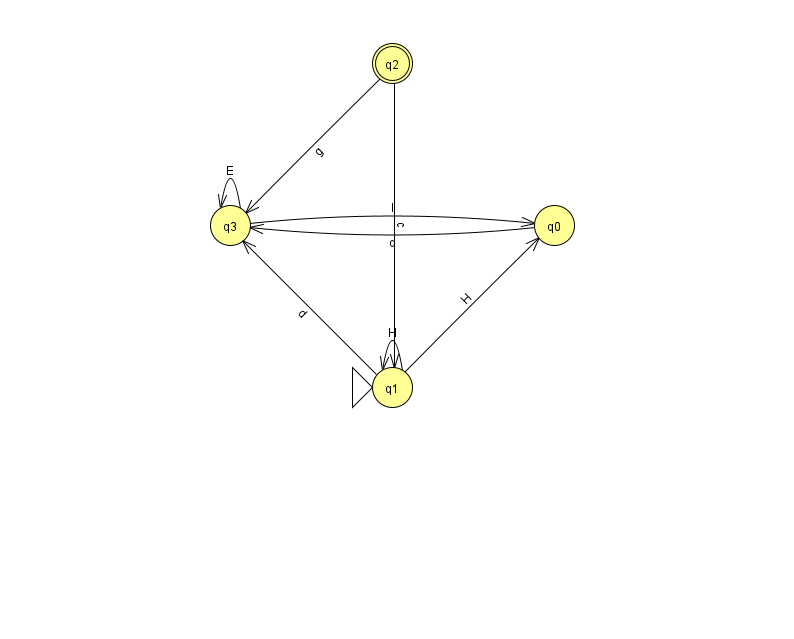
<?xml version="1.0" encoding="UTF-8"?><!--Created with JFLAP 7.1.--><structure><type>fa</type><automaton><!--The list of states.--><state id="0" name="q0"><x>554.0</x><y>212.0</y></state><state id="1" name="q1"><x>392.0</x><y>374.0</y><initial/></state><state id="2" name="q2"><x>392.0</x><y>50.0</y><final/></state><state id="3" name="q3"><x>230.0</x><y>212.0</y></state><!--The list of transitions.--><transition><from>3</from><to>0</to><read>I</read></transition><transition><from>2</from><to>1</to><read>c</read></transition><transition><from>3</from><to>3</to><read>E</read></transition><transition><from>1</from><to>1</to><read>H</read></transition><transition><from>1</from><to>3</to><read>d</read></transition><transition><from>1</from><to>0</to><read>H</read></transition><transition><from>2</from><to>3</to><read>g</read></transition><transition><from>0</from><to>3</to><read>d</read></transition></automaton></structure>